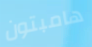
هامبتون